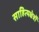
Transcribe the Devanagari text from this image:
साहित्यक्षेत्रों